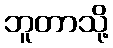
ဘူတာသို့